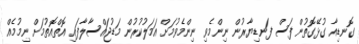
ގޮނޑިއާ ގުޅޭގޮތުން ފަސް ފަނޑިޔާރުން ނިންމެވި ނިންމެވުމަށް އަމަލުކުރުން މަޑުޖައްސާލާފައި އޮތްއޮތުމަށް ނިމުމެއް